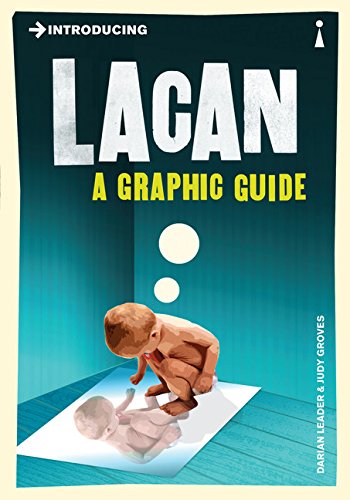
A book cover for Introducing Lacan: A Graphic Guide; Darian Leader; Biographies & Memoirs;